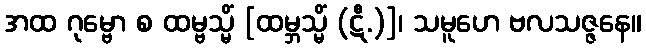
အထ ဂုမ္ဗော စ ထမ္ဗသ္မိံ [ထမ္ဘသ္မိံ (ဋီ.)]၊ သမူဟေ ဗလသဇ္ဇနေ။